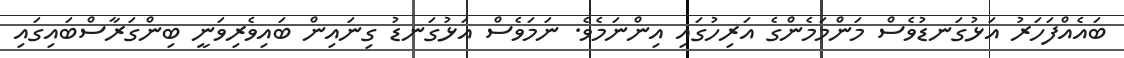
ބައެއްފަހަރު އަޅުގަނޑުވެސް މަންމަމެންގެ އަރިހުގައި އިންނަމެވެ. ނަމަވެސް އަޅުގަނޑު ގިނައިން ބައިވެރިވަނީ ބިންގަރާސްބައިގައި